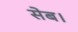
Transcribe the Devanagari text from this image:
सेब।